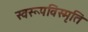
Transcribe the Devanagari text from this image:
स्वरूपविस्मृति